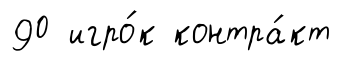
90 игро́к контра́кт